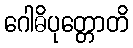
ဂေါဓိပုတ္တောတိ